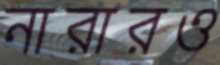
নারারও